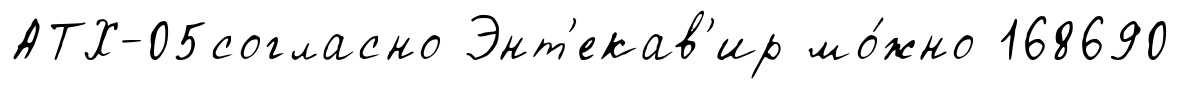
АТХ-05согласно Энт'екав'ир мо́жно 168690